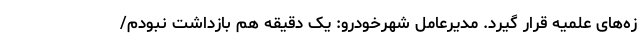
زه‌های علمیه قرار گیرد. مدیرعامل شهرخودرو: یک دقیقه هم بازداشت نبودم/